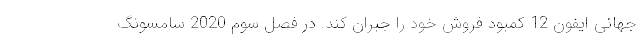
جهانی ایفون 12 کمبود فروش خود را جبران کند. در فصل سوم 2020 سامسونگ